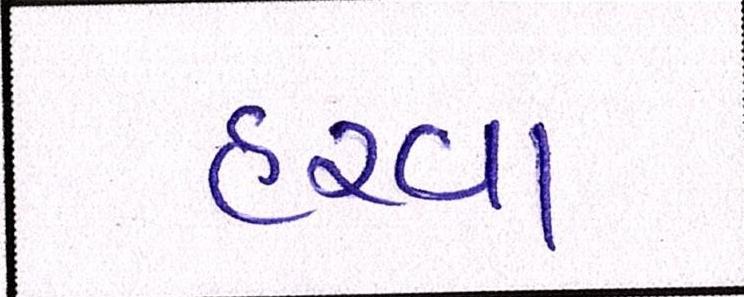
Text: હરવા